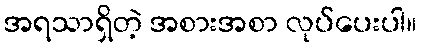
အရသာရှိတဲ့ အစားအစာ လုပ်ပေးပါ။